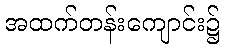
အထက်တန်းကျောင်း၌